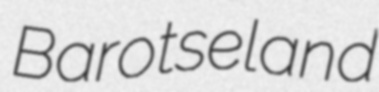
Barotseland